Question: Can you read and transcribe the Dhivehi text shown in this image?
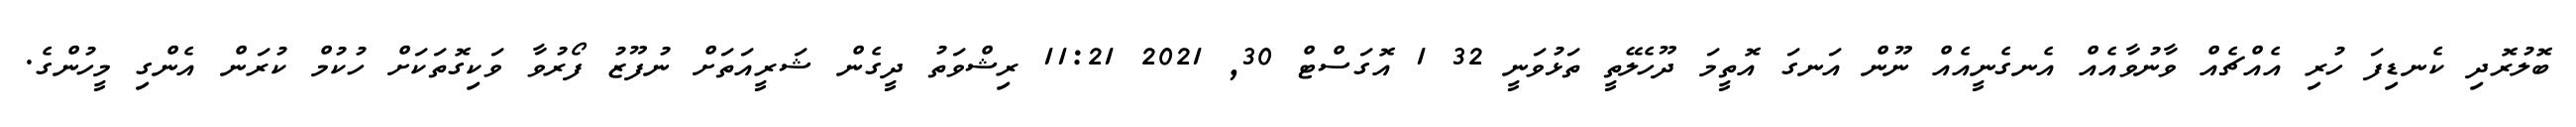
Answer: ބޮލުރޮދި ކެނޑިފަ ހުރި އެއްޗެއް ވާނުވާއެއް އެނގެނީއެއް ނޫން އަނގަ އޮތީމަ ދޫހެލޭތީ ތަޅުވަނީ 32 1 އޮގަސްޓް 30, 2021 11:21 ރިޝްވަތު ދީގެން ޝަރީއަތަށް ނުފޫޒު ފޯރުވާ ވަކިގޮތަކަށް ހުކުމް ކުރަން އެންގި މީހުންގެ.